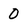
Character: 0